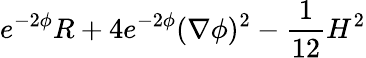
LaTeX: e^{-2\phi}R+4e^{-2\phi}(\nabla\phi)^{2}-{\frac{1}{12}}H^{2}